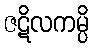
ဇဋိလကမ္ပိ